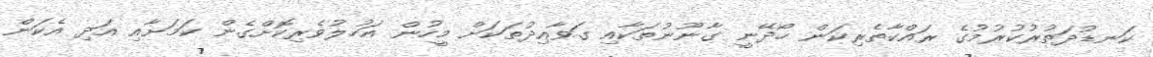
ކަނޑުދަތުރުކުރުމުގެ ރައްކާތެރިކަން ހޯދޭނީ ގާނޫނުތަކާއި ގަވާއިދުތަކަށް މީހުން އަހުލުވެރިކޮށްގެން ކަމަށާއި އަދި އެކަން